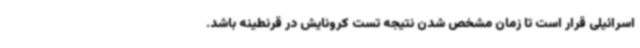
اسرائیلی قرار است تا زمان مشخص شدن نتیجه تست کرونایش در قرنطینه باشد.